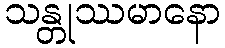
သန္တုဿမာနော